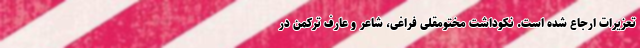
تعزیرات ارجاع شده است. نکوداشت مختومقلی فراغی، شاعر و عارف ترکمن در